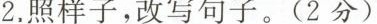
2.照样子，改写句子。(2分)